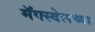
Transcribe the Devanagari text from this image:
मॅक्स्वेलच्या